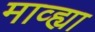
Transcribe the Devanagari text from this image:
माव्ह्या